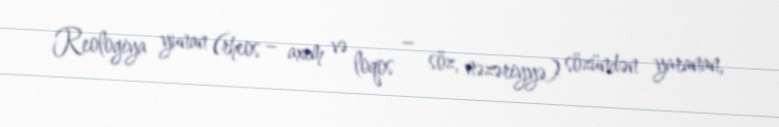
Reologiya yunan (rheos – axım və loqos – söz, nəzəriyyə) sözündən yaranan,